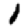
Digit: 1